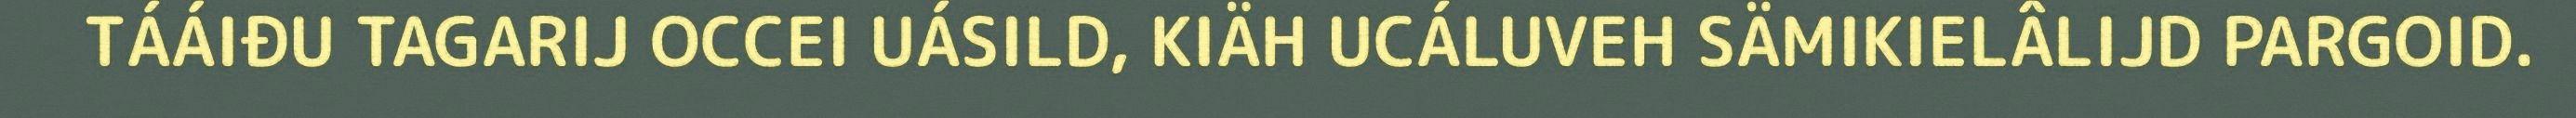
TÁÁIĐU TAGARIJ OCCEI UÁSILD, KIÄH UCÁLUVEH SÄMIKIELÂLIJD PARGOID.